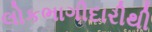
લોકભાગીદારીથી